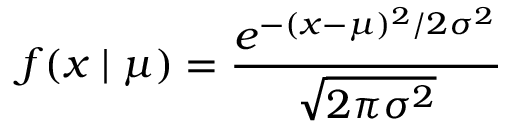
f ( x \mid \mu ) = { \frac { e ^ { - ( x - \mu ) ^ { 2 } / 2 \sigma ^ { 2 } } } { \sqrt { 2 \pi \sigma ^ { 2 } } } }